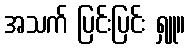
အသက် ပြင်းပြင်း ရှူ။